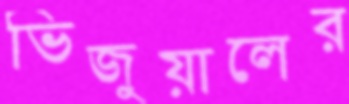
ভিজুয়ালের